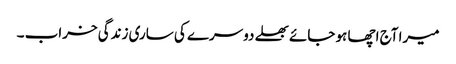
میرا آج اچھا ہو جائے بھلے دوسرے کی ساری زندگی خراب ۔